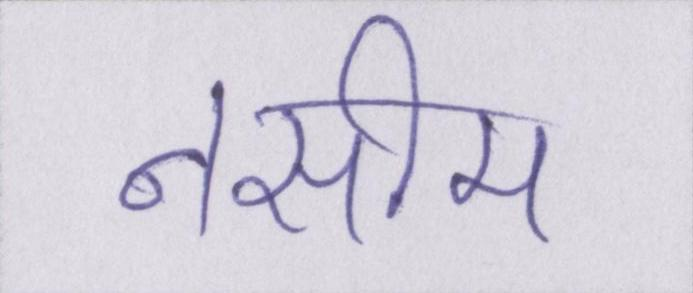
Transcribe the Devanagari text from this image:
नसीम